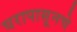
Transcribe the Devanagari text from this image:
घरापासूनचे